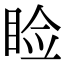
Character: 睑